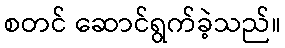
စတင် ဆောင်ရွက်ခဲ့သည်။